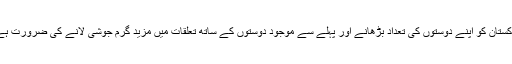
پاکستان کو اپنے دوستوں کی تعداد بڑھانے اور پہلے سے موجود دوستوں کے ساتھ تعلقات میں مزید گرم جوشی لانے کی ضرورت ہے۔